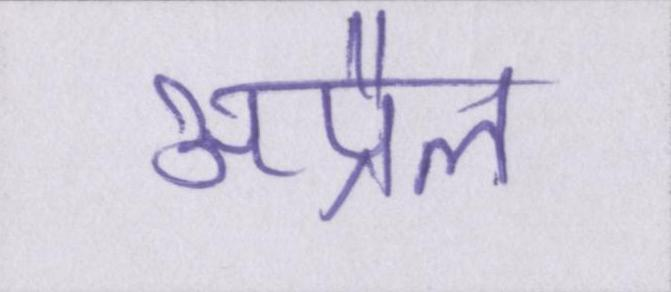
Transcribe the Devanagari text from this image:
अप्रैल